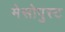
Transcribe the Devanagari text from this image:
मेसोपुस्ट